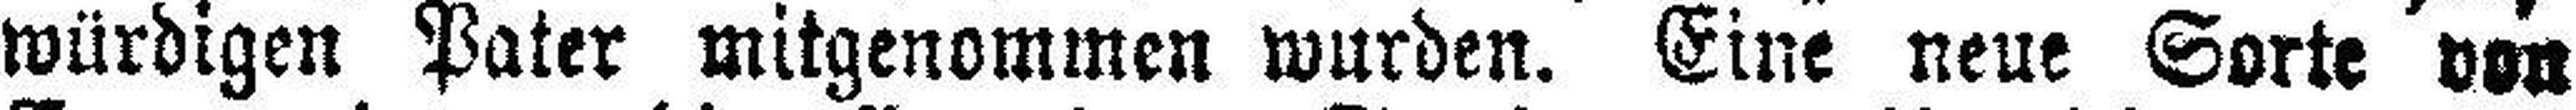
würdigen Pater mitgenommen wurden. Eine neue Sorte von